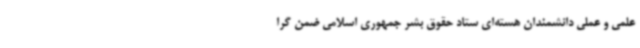
علمی و عملی دانشمندان هسته‌ای ستاد حقوق بشر جمهوری اسلامی ضمن گرا